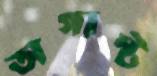
অগাস্ট